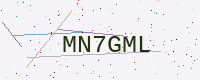
Text: MN7GML